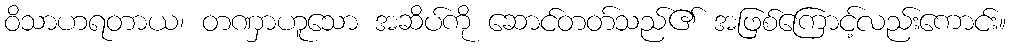
ဝိသာဟရတာယ၊ တဏှာဟူသော အဆိပ်ကို ဆောင်တတ်သည်၏ အဖြစ်ကြောင့်လည်းကောင်း။